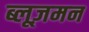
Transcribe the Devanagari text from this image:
ब्लूज़मन